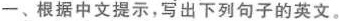
一、根据中文提示，写出下列句子的英文。